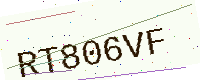
Text: RT806VF